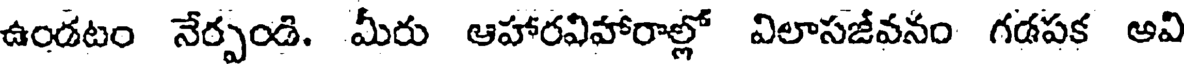
ఉండటం నేర్పండి. మీరు ఆహారవిహారాల్లో విలాసజీవనం గడపక అవి